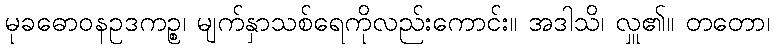
မုခဓောဝနဥဒကဉ္စ၊ မျက်နှာသစ်ရေကိုလည်းကောင်း။ အဒါသိ၊ လှူ၏။ တတော၊